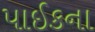
પાઈકના